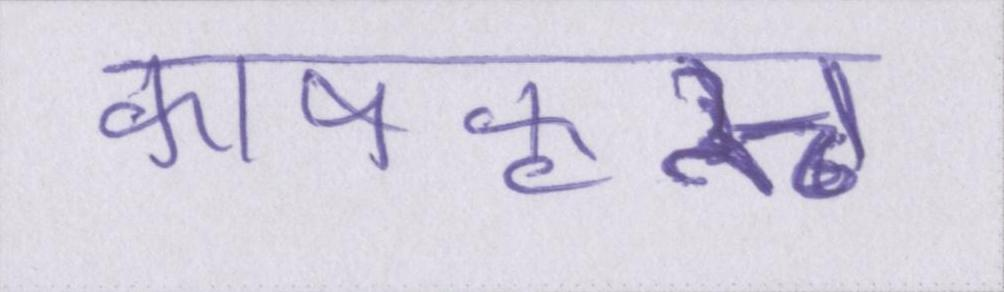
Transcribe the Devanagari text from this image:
काषकृत्स्न